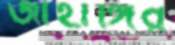
জাহাঙ্গির